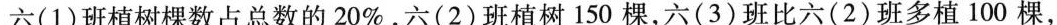
六(1)班植树棵数占总数的20%，六(2)班植树150棵，六(3)班比六(2)班多植100棵，